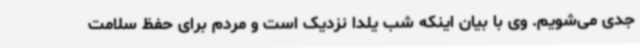
جدی می‌شویم. وی با بیان اینکه شب یلدا نزدیک است و مردم برای حفظ سلامت